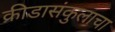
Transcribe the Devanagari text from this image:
क्रीडासंकुलाचा